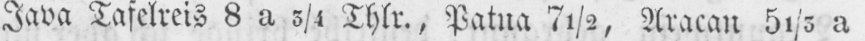
Java Tafelreis 8 a 3/4 Thlr., Patua 7½, Aracan 51/5 a